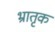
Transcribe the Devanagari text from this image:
भ्रातृक